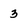
Character: 3